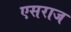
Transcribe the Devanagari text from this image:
एसराज